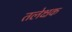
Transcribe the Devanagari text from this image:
तलेक्षक